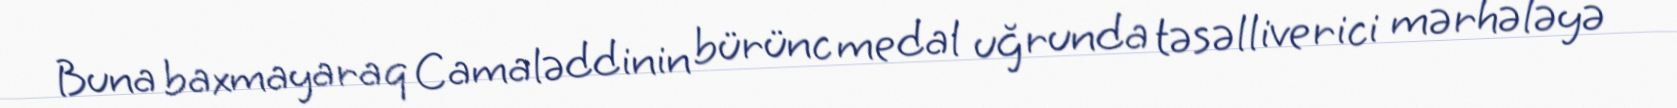
Buna baxmayaraq Camaləddinin bürünc medal uğrunda təsəlliverici mərhələyə